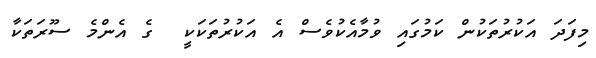
މިފަދަ އަކުރުތަކުން ކަމުގައި ވުމާއެކުވެސް އެ އަކުރުތަކަކީ  ގެ އެންމެ ސޫރަތަކާ